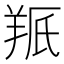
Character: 𫅕